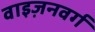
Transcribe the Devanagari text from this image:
वाइज़नवर्ग